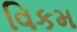
વિકમ